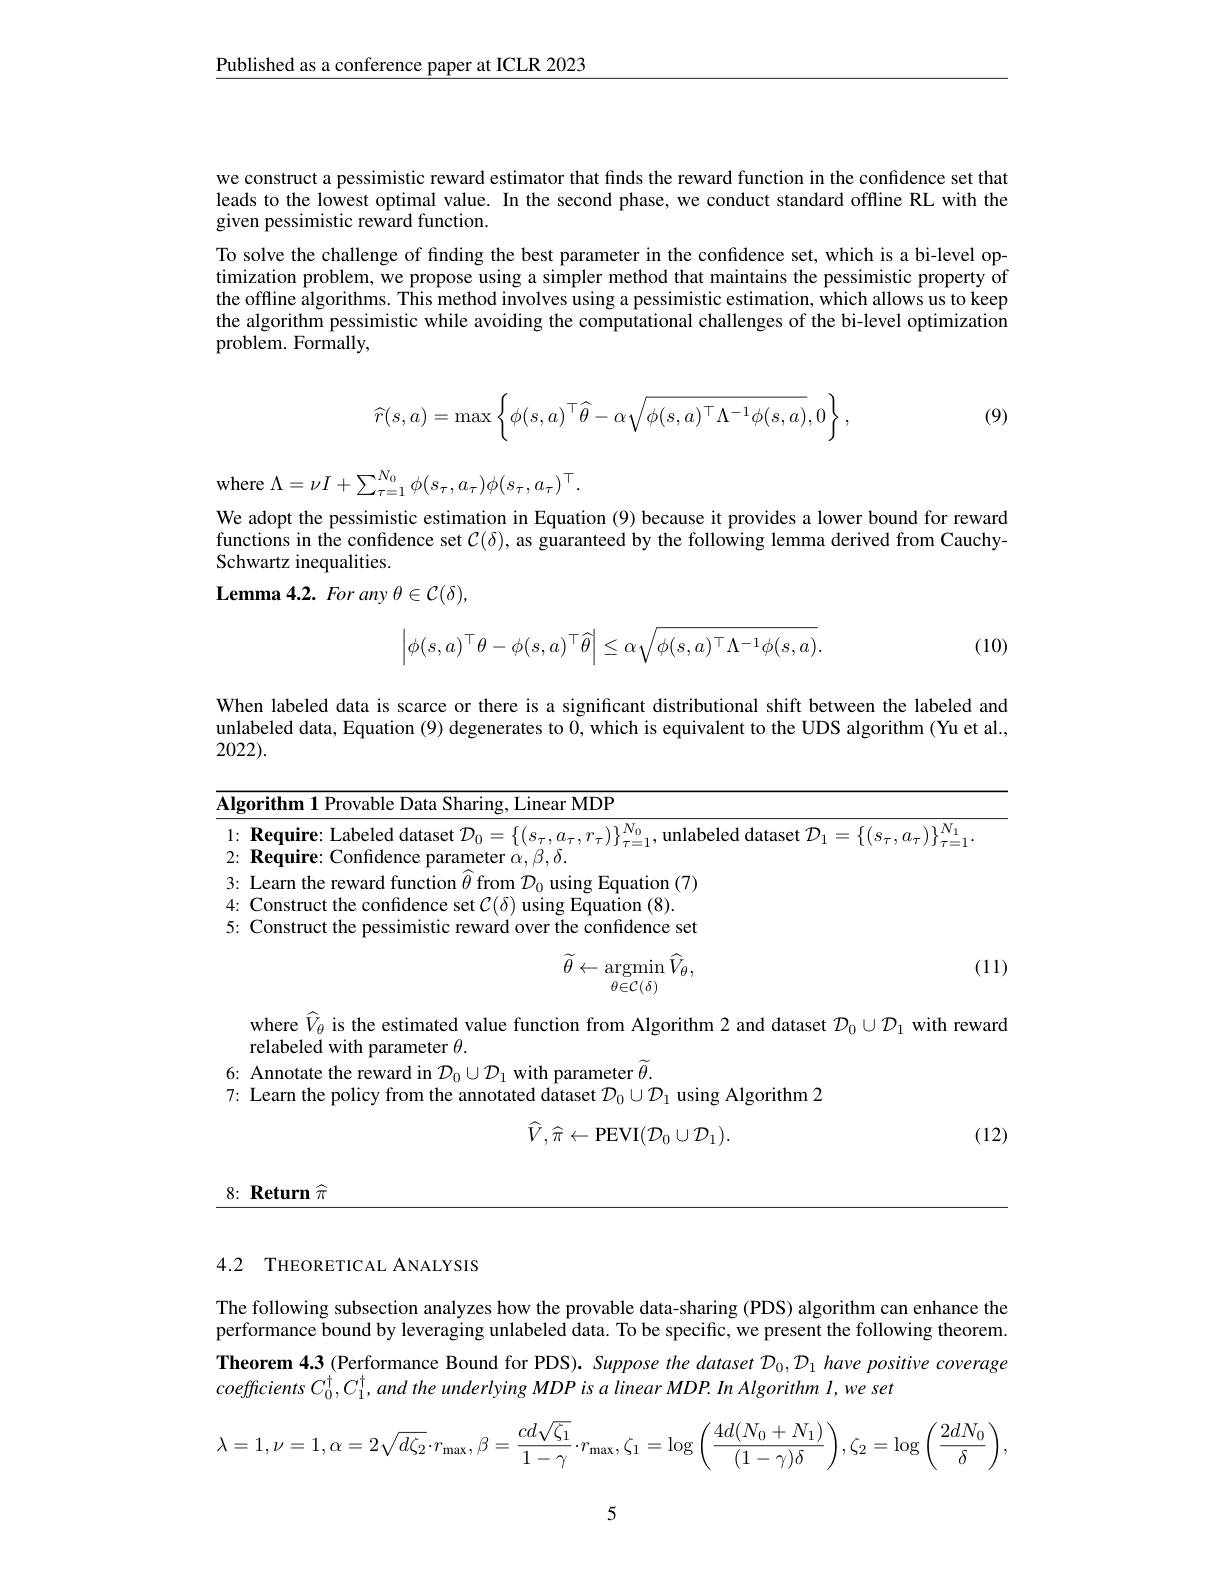
$\underline{\text{Published as a conference paper at ICLR 2023}}$

we construct a pessimistic reward estimator that finds the reward function in the confidence set that leads to the lowest optimal value. In the second phase, we conduct standard offline RL with the given pessimistic reward function.
To solve the challenge of finding the best parameter in the confidence set, which is a bi-level optimization problem, we propose using a simpler method that maintains the pessimistic property of the offline algorithms. This method involves using a pessimistic estimation, which allows us to keep the algorithm pessimistic while avoiding the computational challenges of the bi-level optimization problem. Formally,
$$\widehat r(s,a)=\max\left\{\phi(s,a)^\top\widehat\theta-\alpha\sqrt{\phi(s,a)^\top\Lambda^{-1}\phi(s,a)},0\right\},$$
(9)

where $\Lambda=\nu I+\sum_\tau=1^{N_0}\phi(s_\tau,a_\tau)\phi(s_\tau,a_\tau)^\top.$

We adopt the pessimistic estimation in Equation (9) because it provides a lower bound for reward functions in the confidence set $\mathcal{C}(\delta)$, as guaranteed by the following lemma derived from CauchySchwartz inequalities.
$\mathbf{Lemma4.2.~For~any~\theta\in\mathcal{C}(\delta),}$
$$\left|\phi(s,a)^\top\theta-\phi(s,a)^\top\widehat{\theta}\right|\leq\alpha\sqrt{\phi(s,a)^\top\Lambda^{-1}\phi(s,a)}.$$
(10)

When labeled data is scarce or there is a significant distributional shift between the labeled and unlabeled data, Equation (9) degenerates to 0, which is equivalent to the UDS algorithm (Yu et al., 2022).

<table>
	<tbody>
		<tr>
			<td>$g0$</td>
			<td>rithm 1 Provable Data Sharing, Linear MDP</td>
		</tr>
		<tr>
			<td> </td>
			<td>$\textbf{Require: Labeled dataset }\mathcal{D} _{0}= \left \{ ( s_{\tau }, a_{\tau }, r_{\tau }) \right \} _{\tau = 1}^{N_{0}}$,unlabeled dataset $\mathcal{D}_1=\left\{(s_{\tau},a_{\tau})\right\}_{\tau=}^{N_{1}}$ ${\textbf{Require: Confidence parameter }\alpha,\beta,\delta.}$</td>
		</tr>
	</tbody>
</table>
3: Learn the reward function $\hat{\theta}$ from $\mathcal{D}_0$ using Equation (7)

4: Construct the confidence set $\mathcal{C}(\delta)$ using Equation (8).
5: Construct the pessimistic reward over the confidence set
$$\widetilde{\theta}\leftarrow\operatorname*{argmin}_{\theta\in\mathcal{C}(\delta)}\widehat{V}_{\theta},$$
(11)

where $\widehat{V}_\theta$ is the estimated value function from Algorithm 2 and dataset $\mathcal{D}_0\cup\mathcal{D}_1$ with reward

relabeled with parameter $\theta.$

6: Annotate the reward in $\mathcal{D}_0\cup\mathcal{D}_1$ with parameter $\widetilde\theta.$
7: Learn the policy from the annotated dataset $\mathcal{D}_0\cup\mathcal{D}_1$ using Algorithm 2
$$\widehat{V},\widehat{\pi}\leftarrow\mathrm{PEVI}(\mathcal{D}_{0}\cup\mathcal{D}_{1}).$$
(12)

8: Return $\widehat{\pi}$

## 4.2 THEORETICAL ANALYSIS

The following subsection analyzes how the provable data-sharing (PDS) algorithm can enhance the performance bound by leveraging unlabeled data. To be specific, we present the following theorem. Theorem 4.3 (Performance Bound for PDS). Suppose the dataset $\mathcal{D}_0,\mathcal{D}_1$ have positive coverage coefficients $C_0^{\dagger},C_1^{\dagger},and$ the underlying MDP is a linear MDP. In Algorithm I, we set
$$\lambda=1,\nu=1,\alpha=2\sqrt{d\zeta_2}\cdot r_{\max},\beta=\frac{cd\sqrt{\zeta_1}}{1-\gamma}\cdot r_{\max},\zeta_1=\log\left(\frac{4d(N_0+N_1)}{(1-\gamma)\delta}\right),\zeta_2=\log\left(\frac{2dN_0}{\delta}\right),$$
5